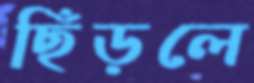
ছিঁড়লে